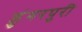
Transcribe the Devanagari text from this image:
डुंगरपुरी